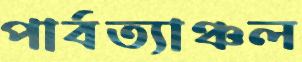
পার্বত্যাঞ্চল